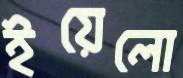
ইয়েলো